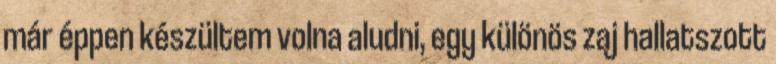
már éppen készültem volna aludni, egy különös zaj hallatszott